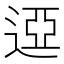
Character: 䢝